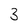
Character: 3